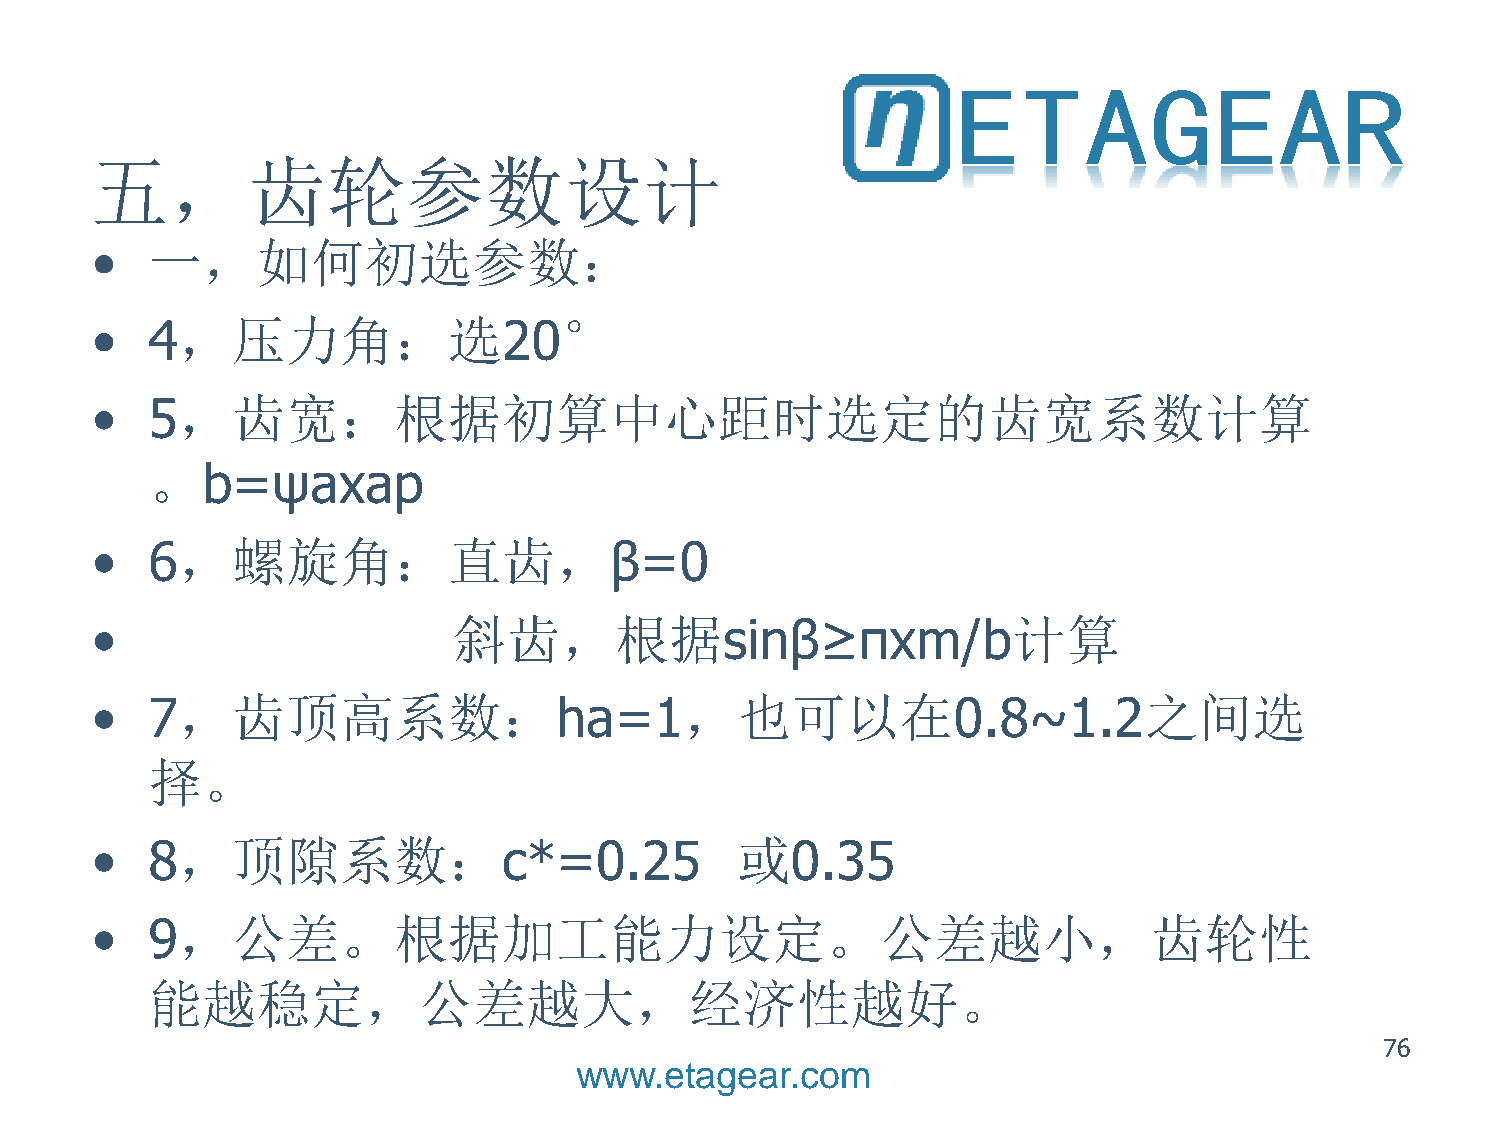
五，齿轮参数设计
 •   一，如何初选参数：
 •   4，压力角：选20°
 •   5，齿宽：根据初算中心距时选定的齿宽系数计算
 。b=ψaxap
 •   6，螺旋角：直齿，β=0
 •                       斜齿，根据sinβ≥πxm/b计算
 •   7，齿顶高系数：ha=1，也可以在0.8~1.2之间选
 择。
 •   8，顶隙系数：c*=0.25                         或0.35
 •   9，公差。根据加工能力设定。公差越小，齿轮性
 能越稳定，公差越大，经济性越好。
 76
 www.etagear.com